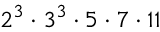
2 ^ { 3 } \cdot 3 ^ { 3 } \cdot 5 \cdot 7 \cdot 1 1